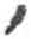
אות: י